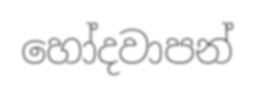
හෝදවාපන්